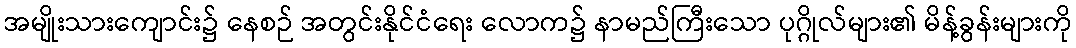
အမျိုးသားကျောင်း၌ နေစဉ် အတွင်းနိုင်ငံရေး လောက၌ နာမည်ကြီးသော ပုဂ္ဂိုလ်များ၏ မိန့်ခွန်းများကို